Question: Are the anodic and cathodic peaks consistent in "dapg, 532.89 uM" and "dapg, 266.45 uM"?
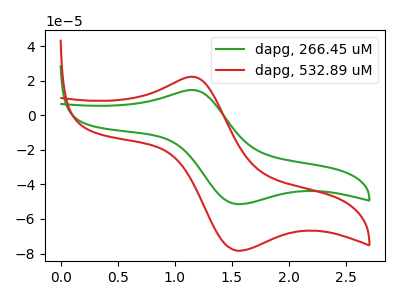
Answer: <think>The green curve "dapg, 266.45 uM" has an anodic peak at (1.15V, 14.65uA) and a cathodic peak at (1.55V, -51.40uA). The red curve "dapg, 532.89 uM" has an anodic peak at (1.15V, 22.30uA) and a cathodic peak at (1.55V, -78.30uA).</think>
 <answer>Yes, "dapg, 532.89 uM" have a peak in "dapg, 266.45 uM" at the same potential.</answer>
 <eval>match</eval>